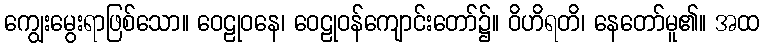
ကျွေးမွေးရာဖြစ်သော။ ဝေဠုဝနေ၊ ဝေဠုဝန်ကျောင်းတော်၌။ ဝိဟိရတိ၊ နေတော်မူ၏။ အထ